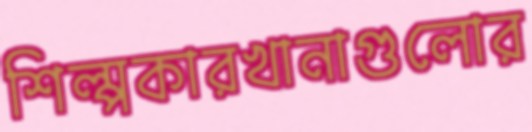
শিল্পকারখানাগুলোর